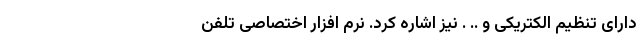
دارای تنظیم الکتریکی و .. . نیز اشاره کرد. نرم افزار اختصاصی تلفن